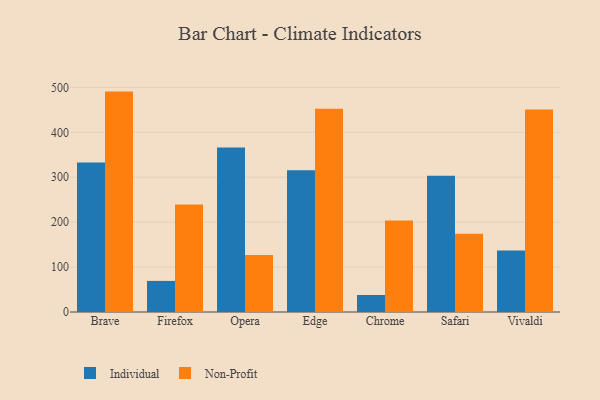
{"axis": {"x": "Browser", "y": "Temperature (°C)"}, "legend": ["Individual", "Non-Profit"], "data": [{"x": "Brave", "y": 332.9, "type": "Individual"}, {"x": "Brave", "y": 490.6, "type": "Non-Profit"}, {"x": "Firefox", "y": 69.2, "type": "Individual"}, {"x": "Firefox", "y": 239.5, "type": "Non-Profit"}, {"x": "Opera", "y": 365.9, "type": "Individual"}, {"x": "Opera", "y": 127.0, "type": "Non-Profit"}, {"x": "Edge", "y": 315.4, "type": "Individual"}, {"x": "Edge", "y": 452.4, "type": "Non-Profit"}, {"x": "Chrome", "y": 37.8, "type": "Individual"}, {"x": "Chrome", "y": 203.7, "type": "Non-Profit"}, {"x": "Safari", "y": 303.2, "type": "Individual"}, {"x": "Safari", "y": 174.4, "type": "Non-Profit"}, {"x": "Vivaldi", "y": 136.7, "type": "Individual"}, {"x": "Vivaldi", "y": 450.6, "type": "Non-Profit"}]}